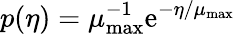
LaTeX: p(\eta)=\mu_{\mathrm{max}}^{-1}\mathrm{e}^{-\eta/\mu_{\mathrm{max}}}